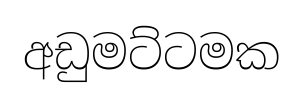
අඩුමට්ටමක